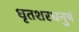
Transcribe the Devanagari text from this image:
धृतशरधनुषं